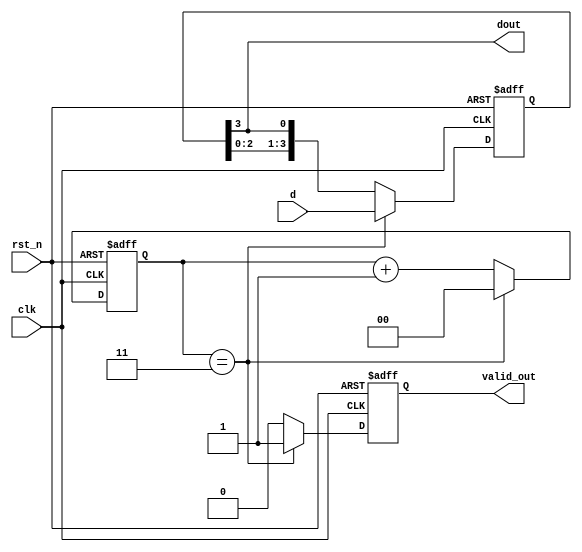
`timescale 1ns/1ns
module verified_parallel2serial(
	input wire clk  ,
	input wire rst_n  ,
	input wire [3:0]d ,
	output wire valid_out ,
	output wire dout
	);


reg [3:0] data = 'd0;
reg [1:0]cnt;
reg valid;
assign dout = data[3];
assign valid_out =valid;
always @(posedge clk or negedge rst_n) begin
    if(!rst_n)begin
        data<= 'd0;
        cnt <= 'd0;
        valid <= 'd0;
    end
    else  begin
                
		if (cnt == 'd3) begin
			data <= d;
			cnt <= 'd0;
			valid <= 1;
		end
		else begin
			cnt <= cnt + 'd1;
			valid <= 0;
			data  <= {data[2:0],data[3]};
		end
    end
		
end


endmodule